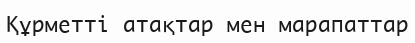
Құрметті атақтар мен марапаттар